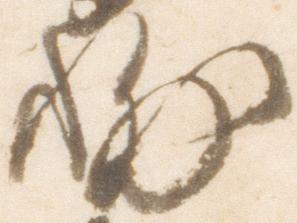
輔